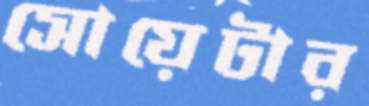
সোয়েটার